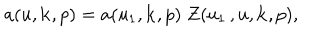
LaTeX: a ( u , { \bf k } , p ) = a ( u _ { 1 } , { \bf k } , p ) \; Z ( u _ { 1 } \, , u , { \bf k } , p ) ,